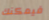
فيمكنك